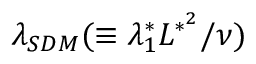
\lambda _ { S D M } ( \equiv \lambda _ { 1 } ^ { * } L ^ { * ^ { 2 } } / \nu )